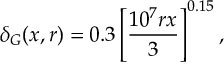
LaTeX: \delta _ { G } ( x , r ) = 0 . 3 \left[ \frac { 1 0 ^ { 7 } r x } { 3 } \right] ^ { 0 . 1 5 } ,